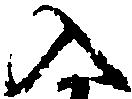
入